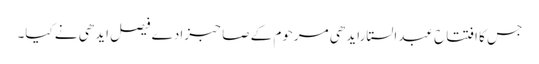
جس کا افتتاح عبدالستارایدھی مرحوم کے صاحبزادے فیصل ایدھی نے کیا۔